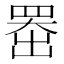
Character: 𫥨